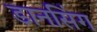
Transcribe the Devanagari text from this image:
डानसिंग